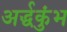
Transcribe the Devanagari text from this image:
अर्द्धकुंभ